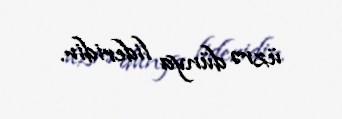
üzrə dünya lideridir.